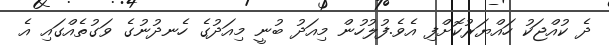
ދެ ކުއްޖަކު ހައްޔަރުކޮށްފި އެވެ.ފުލުހުން މިއަދު ބުނީ މިއަދުގެ ހެނދުނުގެ ވަގުތެއްގައި އެ